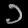
Digit: ၁